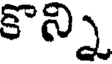
కొన్ని